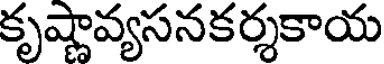
కృష్ణావ్యసనకర్శకాయ